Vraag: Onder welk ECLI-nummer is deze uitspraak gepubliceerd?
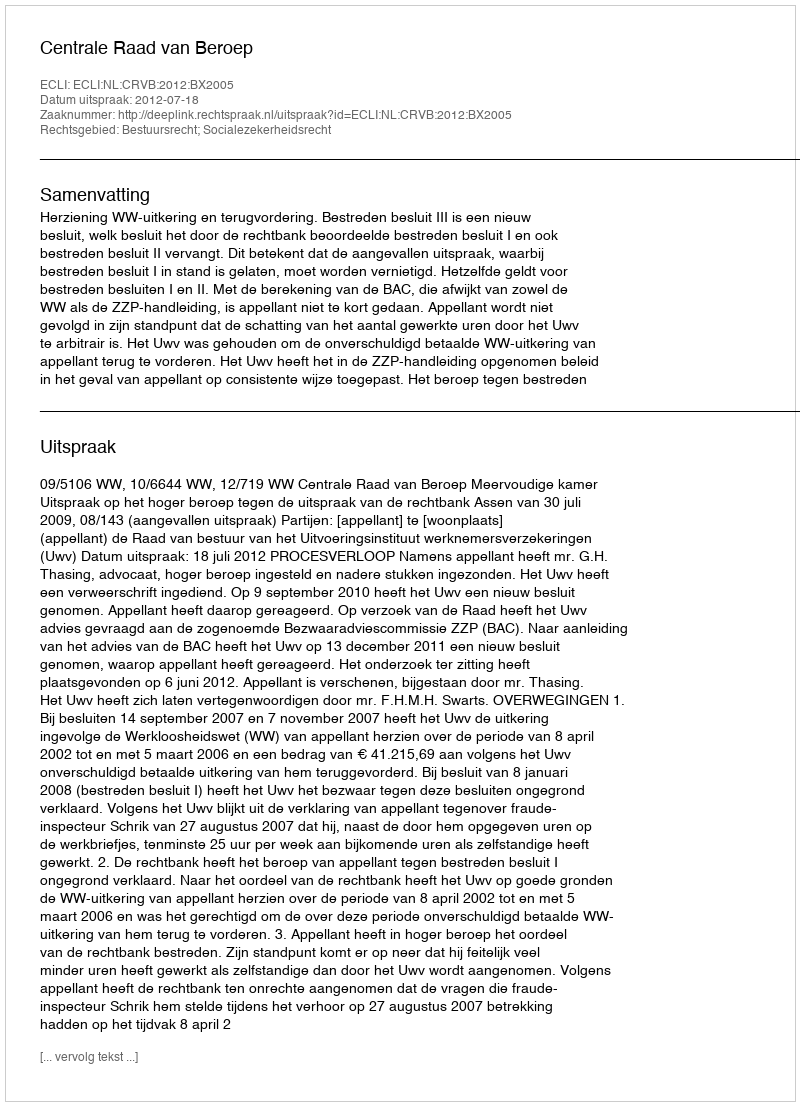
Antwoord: ECLI:NL:CRVB:2012:BX2005